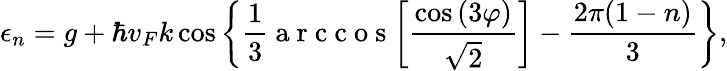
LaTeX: \epsilon_{n}=g+\hbar v_{F}k\cos{\left\{ \frac{1}{3}\mathrm{~a~r~c~c~o~s~}{\left[\frac{\cos{(3\varphi)}}{\sqrt{2}}\right]}-\frac{2\pi(1-n)}{3}\right\} },